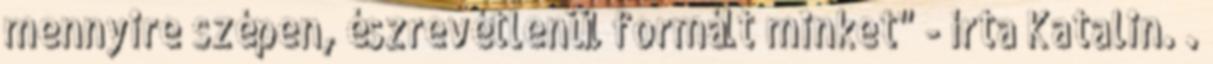
mennyire szépen, észrevétlenül formált minket" - írta Katalin. .